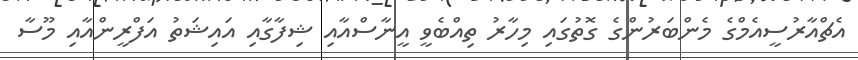
އެޗްއާރުސީއެމްގެ މެންބަރުންގެ ގޮތުގައި މިހާރު ތިއްބެވީ އީނާސްއާއި ޝިފާގާއި އައިޝަތު އަފްރީންއާއި މޫސާ